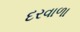
દરવાળા